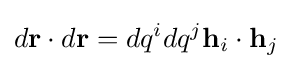
d\mathbf {r} \cdot d\mathbf {r} =dq^{i}dq^{j}\mathbf {h} _{i}\cdot \mathbf {h} _{j}